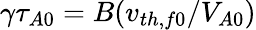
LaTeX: \gamma\tau_{A0}=B(v_{th,f0}/V_{A0})